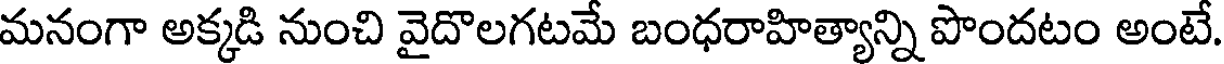
మనంగా అక్కడి నుంచి వైదొలగటమే బంధరాహిత్యాన్ని పొందటం అంటే